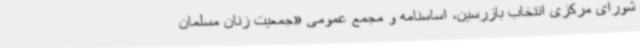
شورای مرکزی انتخاب بازرسین، اساسنامه و مجمع عمومی «جمعیت زنان مسلمان